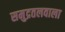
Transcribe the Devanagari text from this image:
समुद्रतलवाला